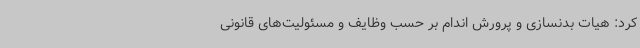
کرد: هیات بدنسازی و پرورش اندام بر حسب وظایف و مسئولیت‌های قانونی